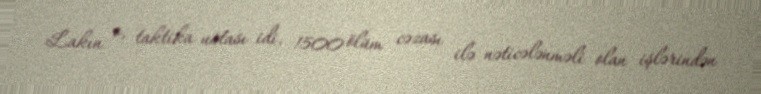
Lakın o, taktika ustası idi. 1500 ölüm cəzası ilə nəticələnməli olan işlərindən